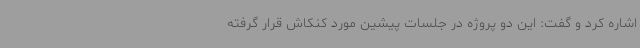
اشاره کرد و گفت: این دو پروژه در جلسات پیشین مورد کنکاش قرار گرفته